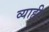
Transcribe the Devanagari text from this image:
व्‍याही